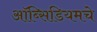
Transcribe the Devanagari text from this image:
ऑब्सिडियमचे